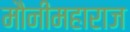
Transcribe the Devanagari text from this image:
मौनीमहाराज